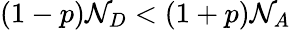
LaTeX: (1-p)\mathcal{N}_{D}<(1+p)\mathcal{N}_{A}